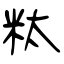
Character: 粏